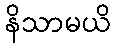
နိသာမယိ